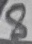
Text: 8